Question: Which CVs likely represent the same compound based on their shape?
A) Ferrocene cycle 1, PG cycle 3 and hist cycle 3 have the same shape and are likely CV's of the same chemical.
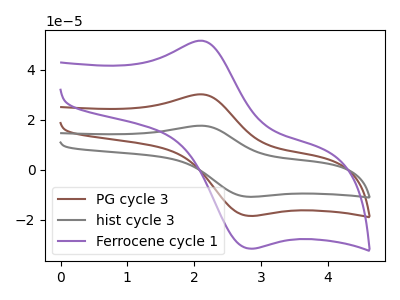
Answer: <think>The brown curve "PG cycle 3" has an anodic peak at (2.10V, 30.20uA) and a cathodic peak at (2.80V, -18.40uA). The gray curve "hist cycle 3" has an anodic peak at (2.10V, 60.40uA) and a cathodic peak at (2.80V, -36.75uA). The purple curve "Ferrocene cycle 1" has an anodic peak at (2.10V, 51.65uA) and a cathodic peak at (2.80V, -31.40uA).
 All the peaks in "PG cycle 3" have a peak in "hist cycle 3" at the same potential. Every peak in "PG cycle 3" is lower than every peak in "hist cycle 3". All the peaks in "PG cycle 3" have a peak in "Ferrocene cycle 1" at the same potential. Every peak in "PG cycle 3" is lower than every peak in "Ferrocene cycle 1". All the peaks in "hist cycle 3" have a peak in "Ferrocene cycle 1" at the same potential. Every peak in "hist cycle 3" is higher than every peak in "Ferrocene cycle 1".</think>
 <answer>A) "Ferrocene cycle 1", "PG cycle 3" and "hist cycle 3" have the same shape and are likely CV's of the same chemical.</answer>
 <eval>A</eval>